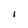
Character: I